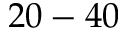
2 0 - 4 0